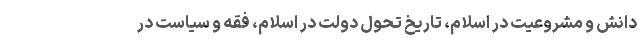
دانش و مشروعیت در اسلام، تاریخ تحول دولت در اسلام، فقه و سیاست در